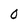
Character: O